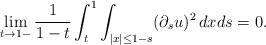
\begin{align*}\lim_{t\to1-}\frac{1}{1-t}\int_t^1\int_{|x|\leq 1-s}(\partial_su)^2\,dxds=0.\end{align*}